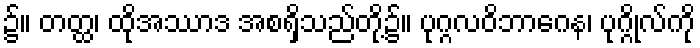
၌။ တတ္ထ၊ ထိုအဿာဒ အစရှိသည်တို့၌။ ပုဂ္ဂလဝိဘာဂေန၊ ပုဂ္ဂိုလ်ကို